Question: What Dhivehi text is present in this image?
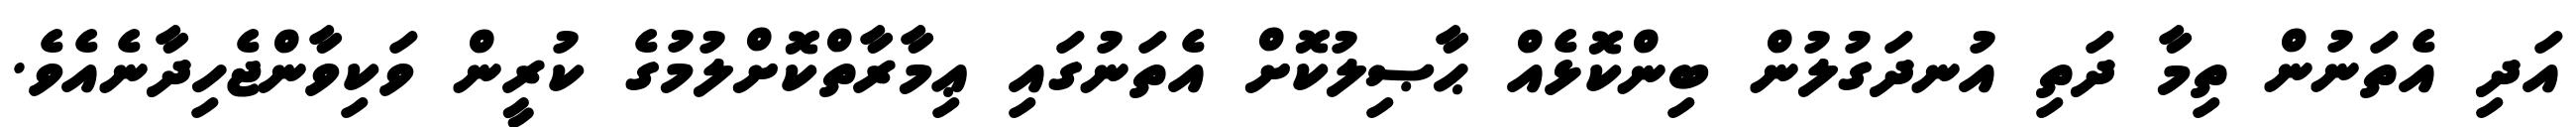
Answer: އަދި އެތަނުން ތިމާ ދަތި އުނދަގުލުން ބިންކޮޅެއް ޙާޞިލުކޮށް އެތަނުގައި ޢިމާރާތްކޮށްލުމުގެ ކުރީން ވަކިވާންޖެހިދާނެއެވެ.